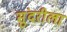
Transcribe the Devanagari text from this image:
सुंदरीला